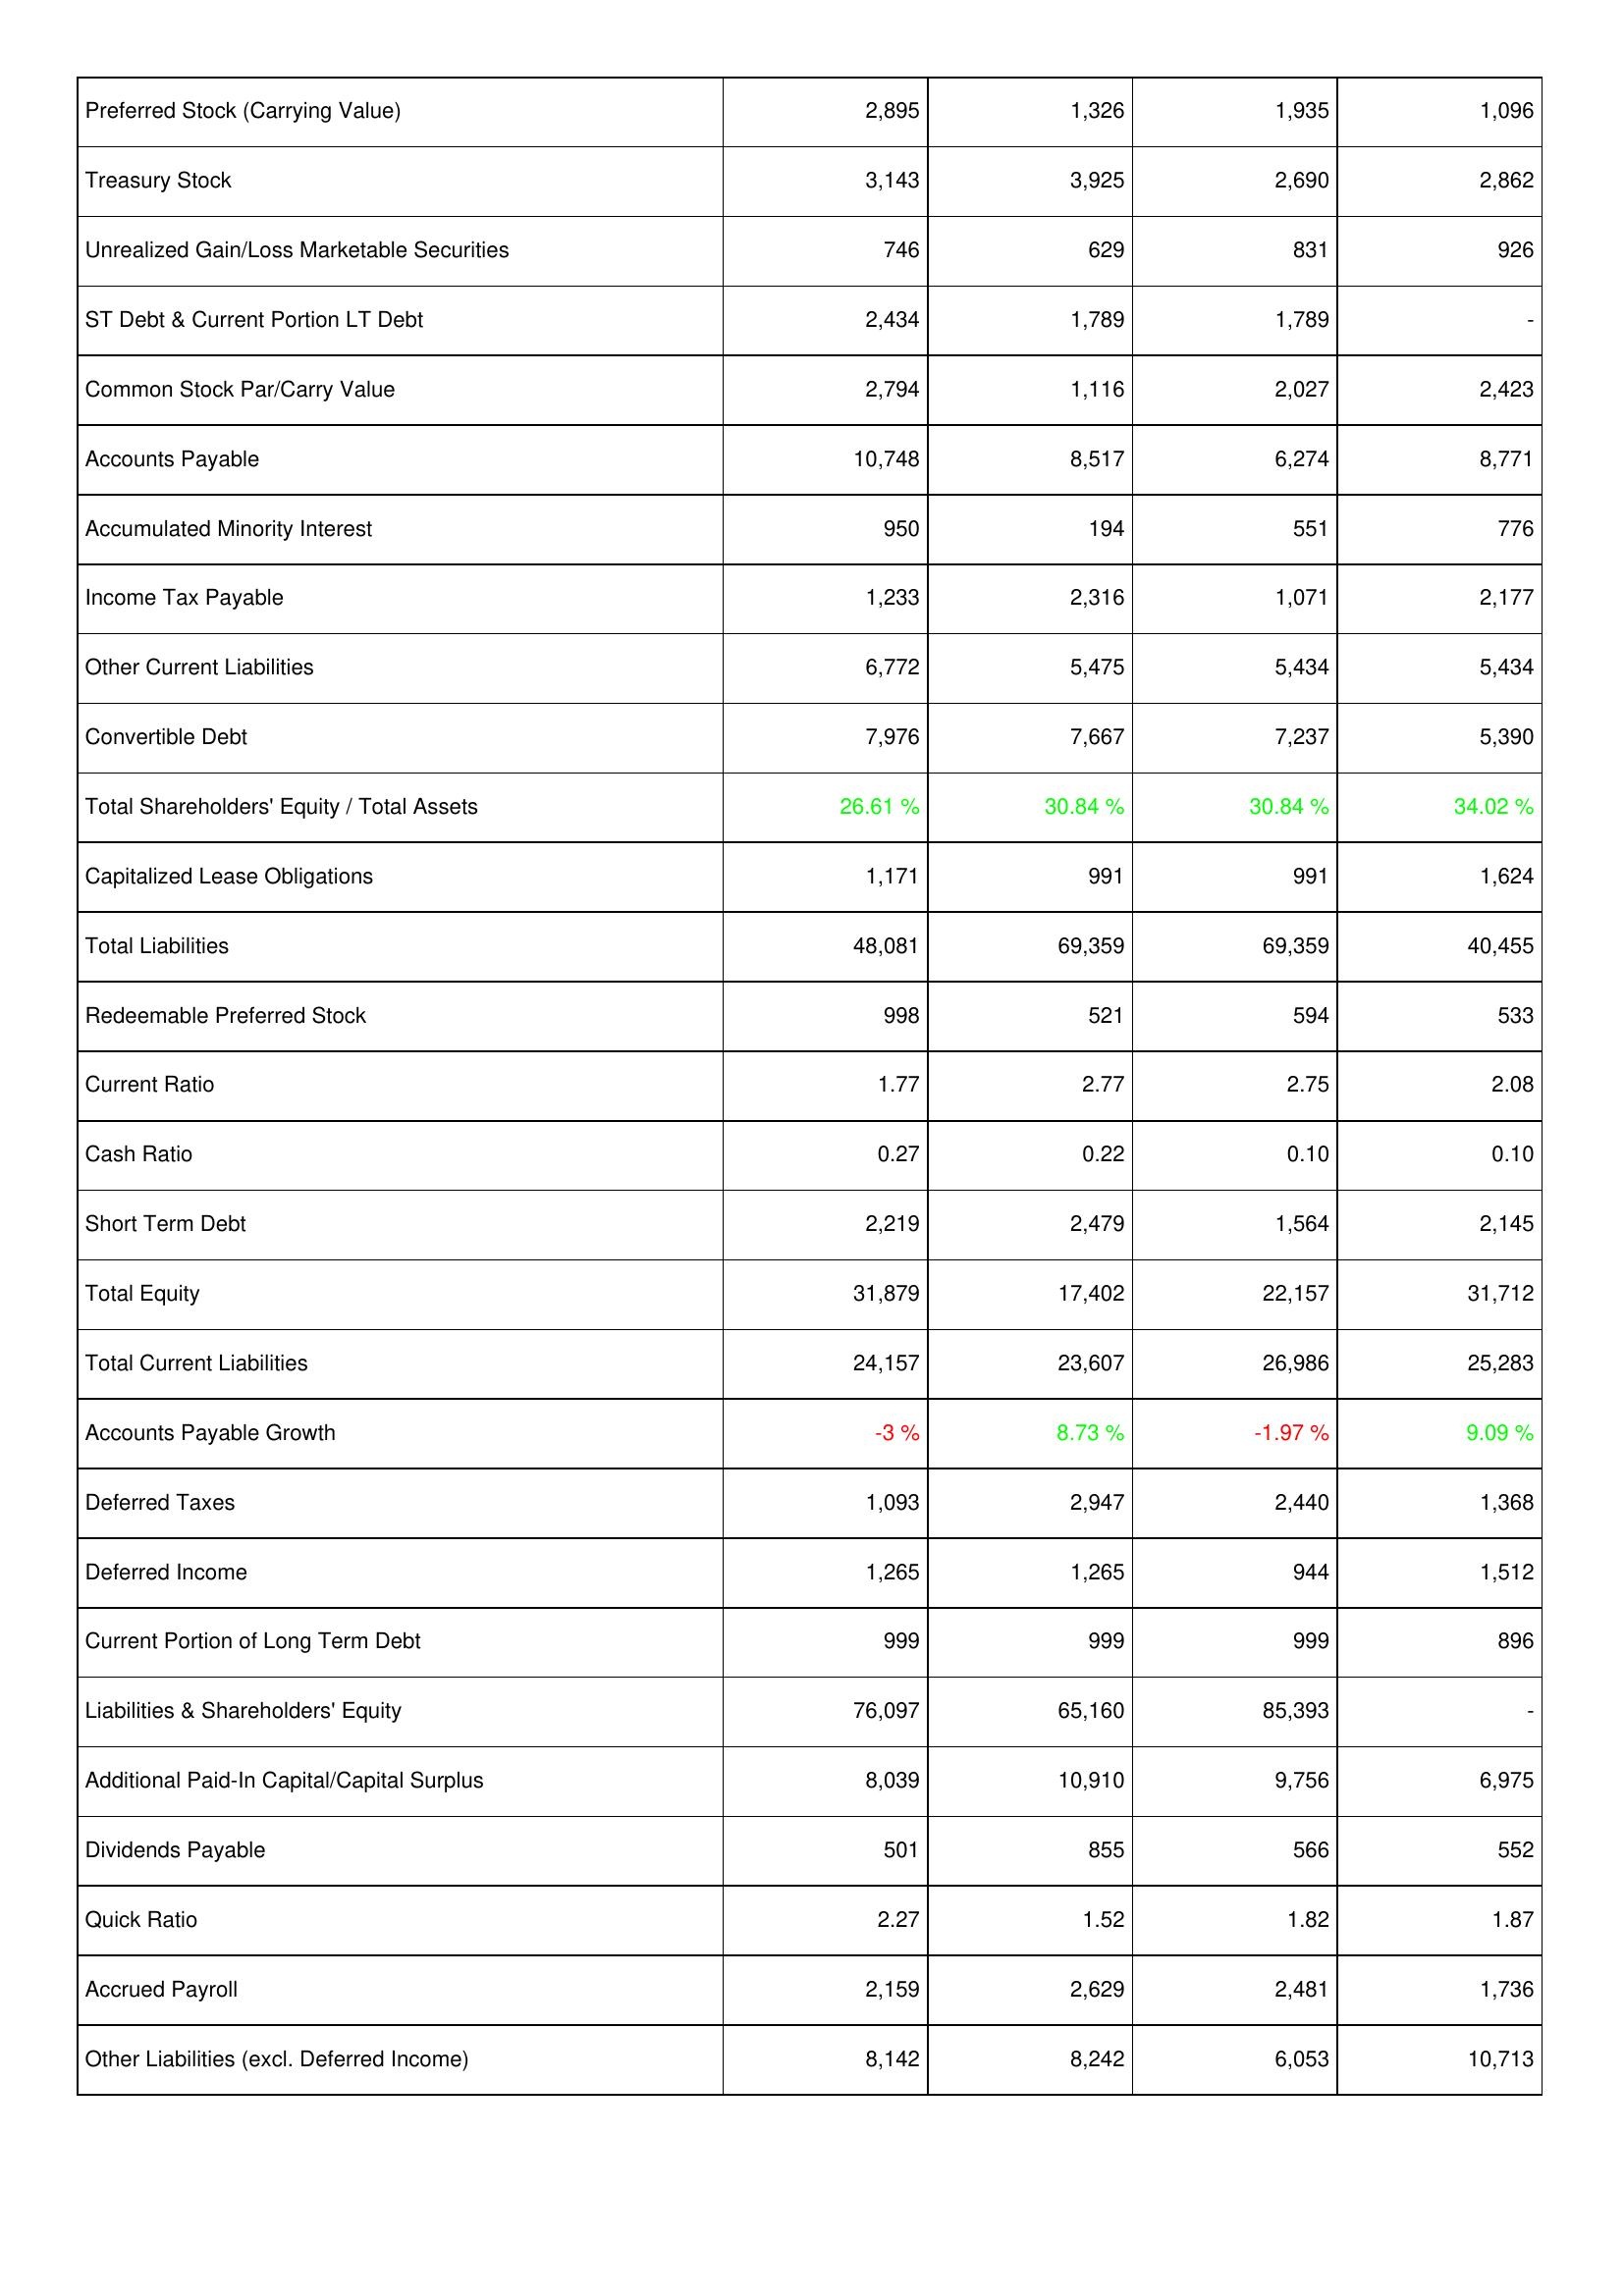
2025: Liabilities & Shareholders' Equity: Preferred Stock (Carrying Value): 2,895
Treasury Stock: 3,143
Unrealized Gain/Loss Marketable Securities: 746
ST Debt & Current Portion LT Debt: 2,434
Common Stock Par/Carry Value: 2,794
Accounts Payable: 10,748
Accumulated Minority Interest: 950
Income Tax Payable: 1,233
Other Current Liabilities: 6,772
Convertible Debt: 7,976
Total Shareholders' Equity / Total Assets: 26.61 %
Capitalized Lease Obligations: 1,171
Total Liabilities: 48,081
Redeemable Preferred Stock: 998
Current Ratio: 1.77
Cash Ratio: 0.27
Short Term Debt: 2,219
Total Equity: 31,879
Total Current Liabilities: 24,157
Accounts Payable Growth: -3 %
Deferred Taxes: 1,093
Deferred Income: 1,265
Current Portion of Long Term Debt: 999
Liabilities & Shareholders' Equity: 76,097
Additional Paid-In Capital/Capital Surplus: 8,039
Dividends Payable: 501
Quick Ratio: 2.27
Accrued Payroll: 2,159
Other Liabilities (excl. Deferred Income): 8,142
2024: Liabilities & Shareholders' Equity: Preferred Stock (Carrying Value): 1,326
Treasury Stock: 3,925
Unrealized Gain/Loss Marketable Securities: 629
ST Debt & Current Portion LT Debt: 1,789
Common Stock Par/Carry Value: 1,116
Accounts Payable: 8,517
Accumulated Minority Interest: 194
Income Tax Payable: 2,316
Other Current Liabilities: 5,475
Convertible Debt: 7,667
Total Shareholders' Equity / Total Assets: 30.84 %
Capitalized Lease Obligations: 991
Total Liabilities: 69,359
Redeemable Preferred Stock: 521
Current Ratio: 2.77
Cash Ratio: 0.22
Short Term Debt: 2,479
Total Equity: 17,402
Total Current Liabilities: 23,607
Accounts Payable Growth: 8.73 %
Deferred Taxes: 2,947
Deferred Income: 1,265
Current Portion of Long Term Debt: 999
Liabilities & Shareholders' Equity: 65,160
Additional Paid-In Capital/Capital Surplus: 10,910
Dividends Payable: 855
Quick Ratio: 1.52
Accrued Payroll: 2,629
Other Liabilities (excl. Deferred Income): 8,242
2023: Liabilities & Shareholders' Equity: Preferred Stock (Carrying Value): 1,935
Treasury Stock: 2,690
Unrealized Gain/Loss Marketable Securities: 831
ST Debt & Current Portion LT Debt: 1,789
Common Stock Par/Carry Value: 2,027
Accounts Payable: 6,274
Accumulated Minority Interest: 551
Income Tax Payable: 1,071
Other Current Liabilities: 5,434
Convertible Debt: 7,237
Total Shareholders' Equity / Total Assets: 30.84 %
Capitalized Lease Obligations: 991
Total Liabilities: 69,359
Redeemable Preferred Stock: 594
Current Ratio: 2.75
Cash Ratio: 0.10
Short Term Debt: 1,564
Total Equity: 22,157
Total Current Liabilities: 26,986
Accounts Payable Growth: -1.97 %
Deferred Taxes: 2,440
Deferred Income: 944
Current Portion of Long Term Debt: 999
Liabilities & Shareholders' Equity: 85,393
Additional Paid-In Capital/Capital Surplus: 9,756
Dividends Payable: 566
Quick Ratio: 1.82
Accrued Payroll: 2,481
Other Liabilities (excl. Deferred Income): 6,053
2022: Liabilities & Shareholders' Equity: Preferred Stock (Carrying Value): 1,096
Treasury Stock: 2,862
Unrealized Gain/Loss Marketable Securities: 926
ST Debt & Current Portion LT Debt: -
Common Stock Par/Carry Value: 2,423
Accounts Payable: 8,771
Accumulated Minority Interest: 776
Income Tax Payable: 2,177
Other Current Liabilities: 5,434
Convertible Debt: 5,390
Total Shareholders' Equity / Total Assets: 34.02 %
Capitalized Lease Obligations: 1,624
Total Liabilities: 40,455
Redeemable Preferred Stock: 533
Current Ratio: 2.08
Cash Ratio: 0.10
Short Term Debt: 2,145
Total Equity: 31,712
Total Current Liabilities: 25,283
Accounts Payable Growth: 9.09 %
Deferred Taxes: 1,368
Deferred Income: 1,512
Current Portion of Long Term Debt: 896
Liabilities & Shareholders' Equity: -
Additional Paid-In Capital/Capital Surplus: 6,975
Dividends Payable: 552
Quick Ratio: 1.87
Accrued Payroll: 1,736
Other Liabilities (excl. Deferred Income): 10,713